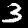
Digit: 3